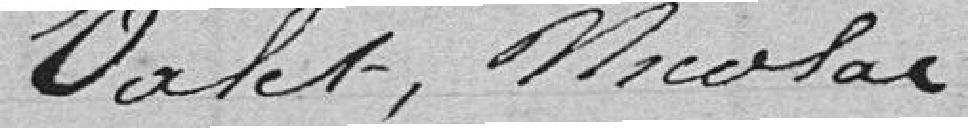
Valet, Nicolas